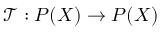
{ \mathcal { T } } : P ( X ) \to P ( X )